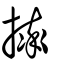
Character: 摔